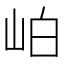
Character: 岶